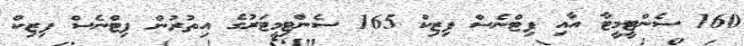
160 ސެންޓީމީޓާ އާއި ފިޓްނެސް ފިޒިކް 165 ސެންޓިމީޓަރުގެ އިތުރުން ފިޓްނެސް ފިޒިކް